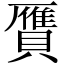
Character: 贋